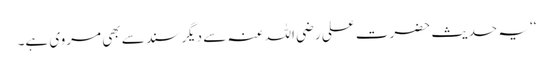
‘‘ یہ حدیث حضرت علی رضی اللہ عنہ سے دیگر سند سے بھی مروی ہے۔